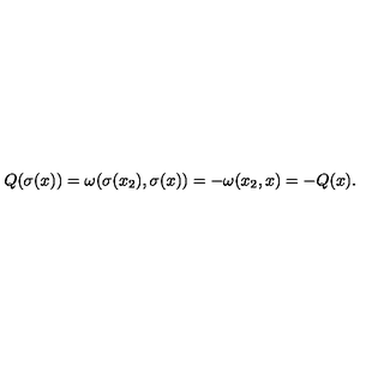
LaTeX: Q ( \sigma ( x ) ) = \omega ( \sigma ( x _ { 2 } ) , \sigma ( x ) ) = - \omega ( x _ { 2 } , x ) = - Q ( x ) .